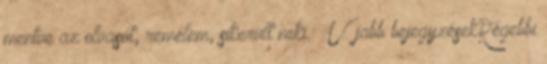
mentve az olvasót; remélem, sikerült neki. « Újabb bejegyzésekRégebbi